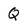
Character: Q